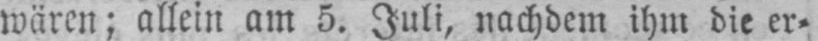
wären; allein am 5. Juli, nachdem ihm die er⸗